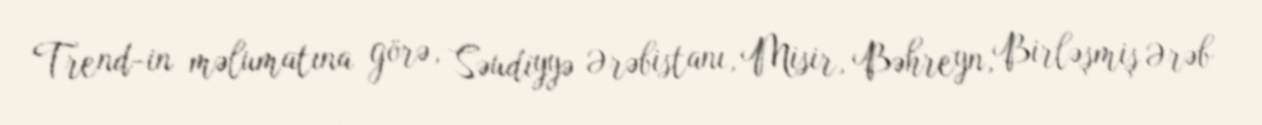
Trend-in məlumatına görə, Səudiyyə Ərəbistanı, Misir, Bəhreyn, Birləşmiş Ərəb